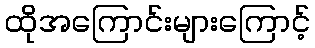
ထိုအကြောင်းများကြောင့်